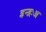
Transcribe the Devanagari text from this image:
इन्द्रःअ